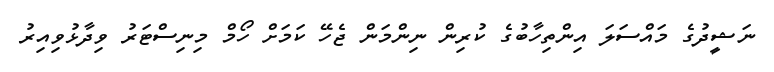
ނަޝީދުގެ މައްސަލަ އިންތިހާބުގެ ކުރިން ނިންމަން ޖެހޭ ކަމަށް ހޯމް މިނިސްޓަރު ވިދާޅުވިއިރު